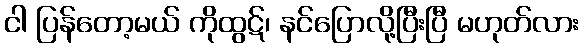
ငါ ပြန်တော့မယ် ကိုထွဋ်၊ နင်ပြောလို့ပြီးပြီ မဟုတ်လား